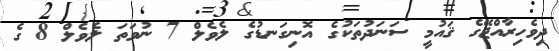
ދިވެހިރާއްޖޭގެ ޤައުމީ ސަނަދުތަކުގެ އޮނިގަނޑުގެ ލެވެލް 7 ނުވަތަ ލެވެލް 8 ގެ